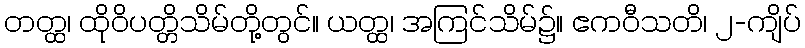
တတ္ထ၊ ထိုဝိပတ္တိသိမ်တို့တွင်။ ယတ္ထ၊ အကြင်သိမ်၌။ ဧကဝီသတိ၊ ၂-ကျိပ်